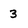
Character: 3